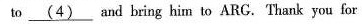
to \underline{(4) } and bring him to ARG.Thank you for